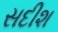
સદીશ